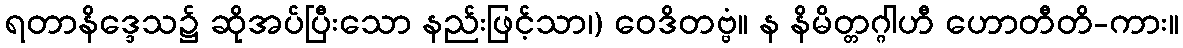
ရတာနိဒ္ဒေသ၌ ဆိုအပ်ပြီးသော နည်းဖြင့်သာ၊) ဝေဒိတဗ္ဗံ။ န နိမိတ္တဂ္ဂါဟီ ဟောတီတိ-ကား။